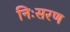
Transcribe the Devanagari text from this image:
निःसरण